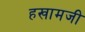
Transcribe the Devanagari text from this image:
हखामजी